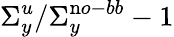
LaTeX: \Sigma_{y}^{u}/\Sigma_{y}^{\mathrm no-bb}-1